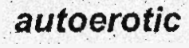
autoerotic